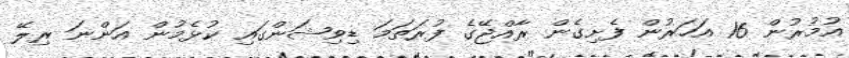
އުމުރުން 16 އަހަރުން ފެށިގެން ރާއްޖޭގެ ފުރަތަމަ ޑިވިޝަންގައި ކުޅެމުން އަންނަ ރިލޭ